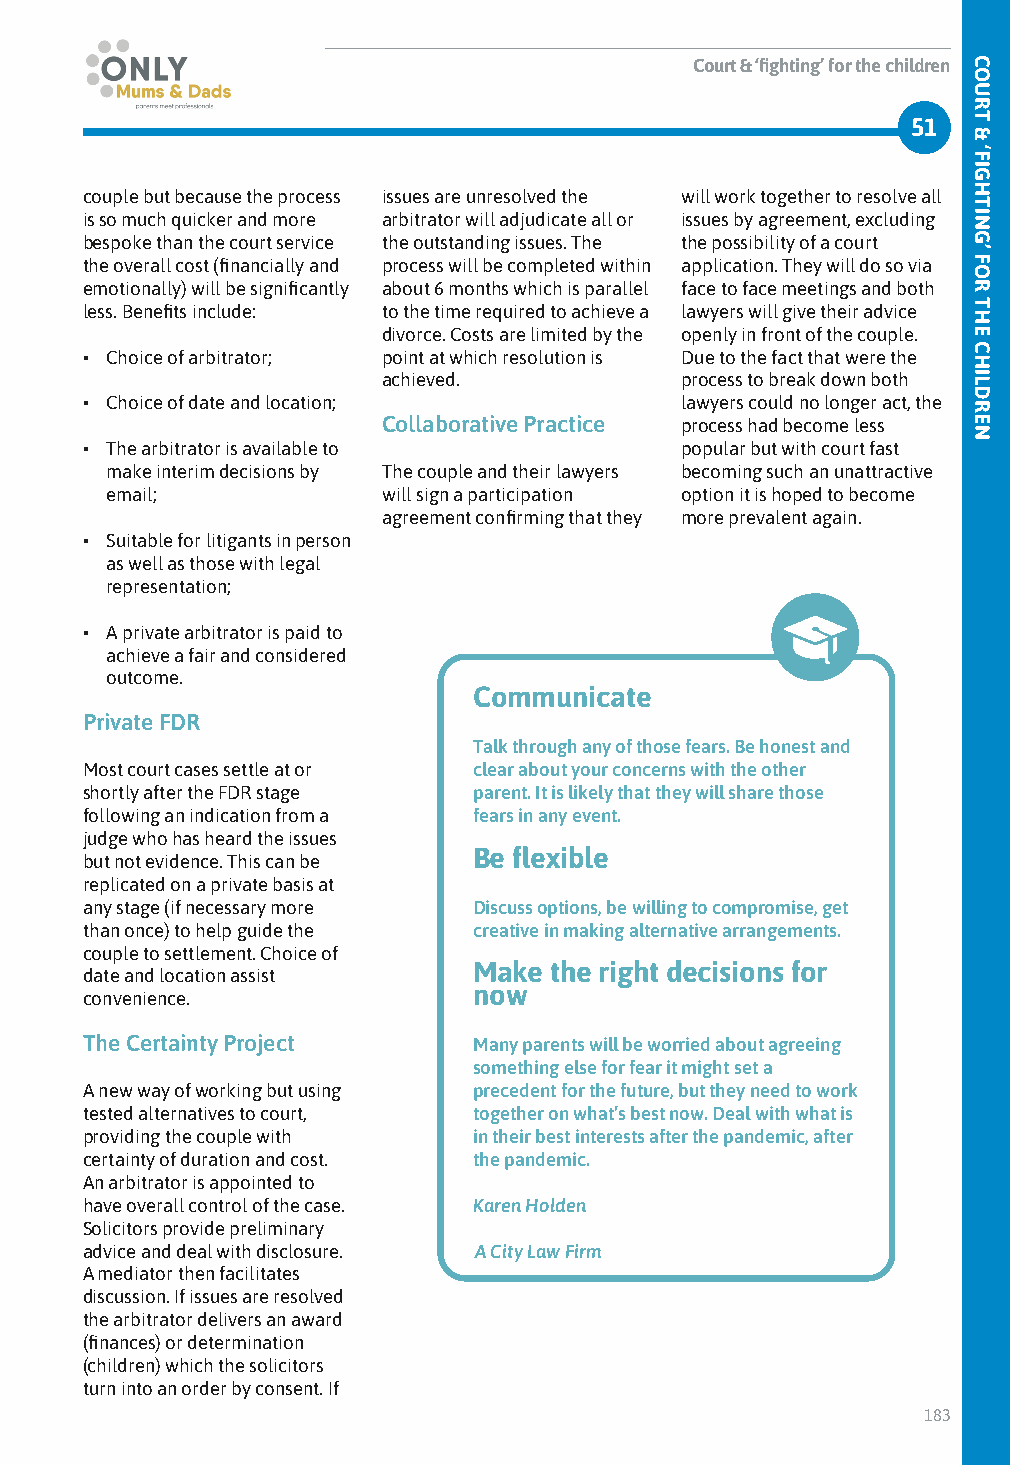
Court & ‘fighting’ for the children
 51
 couple but because the process issues are unresolved the will work together to resolve all
 is so much quicker and more arbitrator will adjudicate all or issues by agreement, excluding
 bespoke than the court service the outstanding issues. The the possibility of a court
 the overall cost (financially and process will be completed within application. They will do so via
 emotionally) will be significantly about 6 months which is parallel face to face meetings and both
 less. Benefits include: to the time required to achieve a lawyers will give their advice
 divorce. Costs are limited by the openly in front of the couple.
 • Choice of arbitrator; point at which resolution is Due to the fact that were the
 achieved.           process to break down both
 • Choice of date and location;          lawyers could no longer act, the
 Collaborative Practice process had become less
 • The arbitrator is available to        popular but with court fast
 make interim decisions by The couple and their lawyers becoming such an unattractive
 email;            will sign a participation option it is hoped to become
 agreement confirming that they more prevalent again.
 • Suitable for litigants in person
 as well as those with legal
 representation;
 • A private arbitrator is paid to
 achieve a fair and considered
 outcome.
 Communicate
 Private FDR
 Talk through any of those fears. Be honest and
 Most court cases settle at or clear about your concerns with the other
 shortly after the FDR stage parent. It is likely that they will share those
 following an indication from a fears in any event.
 judge who has heard the issues
 Be flexible
 but not evidence. This can be
 replicated on a private basis at
 any stage (if necessary more Discuss options, be willing to compromise, get
 than once) to help guide the creative in making alternative arrangements.
 couple to settlement. Choice of
 Make the right decisions for
 date and location assist
 now
 convenience.
 The Certainty Project     Many parents will be worried about agreeing
 something else for fear it might set a
 A new way of working but using precedent for the future, but they need to work
 tested alternatives to court, together on what’s best now. Deal with what is
 providing the couple with in their best interests after the pandemic, after
 certainty of duration and cost. the pandemic.
 An arbitrator is appointed to
 have overall control of the case. Karen Holden
 Solicitors provide preliminary
 advice and deal with disclosure. A City Law Firm
 A mediator then facilitates
 discussion. If issues are resolved
 the arbitrator delivers an award
 (finances) or determination
 (children) which the solicitors
 turn into an order by consent. If
 183
 COURT
 &
 ‘FIGHTING’
 FOR
 THE
 CHILDREN